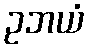
ဥဘယံ